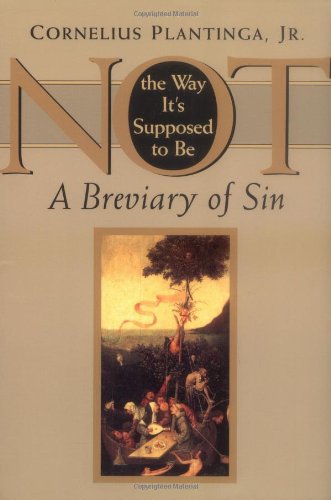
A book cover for Not the Way It's Supposed to Be: A Breviary of Sin; Cornelius Plantinga Jr.; Christian Books & Bibles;